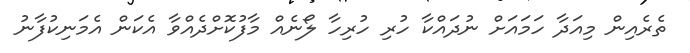
ތެރެއިން މިއަދާ ހަމައަށް ނުދައްކާ ހުރި ހުރިހާ ލޯނެއް މާފުކޮށްދެއްވާ އެކަން އެމަނިކުފާނު